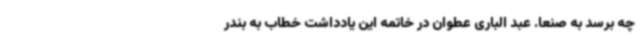
چه برسد به صنعا. عبد الباری عطوان در خاتمه این یادداشت خطاب به بندر